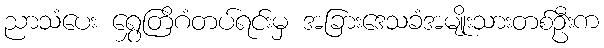
ညာသံပေး ရွှေတြိဂံတပ်ရင်းမှ အခြားဒေသခံအမျိုးသားတစ်ဦးက